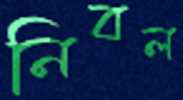
নিবল